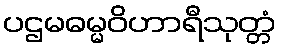
ပဌမဓမ္မဝိဟာရီသုတ္တံ